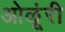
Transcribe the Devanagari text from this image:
ओळूंरी